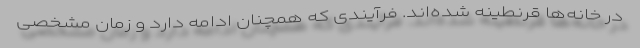
در خانه‌ها قرنطینه شده‌اند. فرآیندی که همچنان ادامه دارد و زمان مشخصی